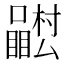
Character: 𭌴